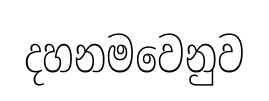
දහනමවෙනුව